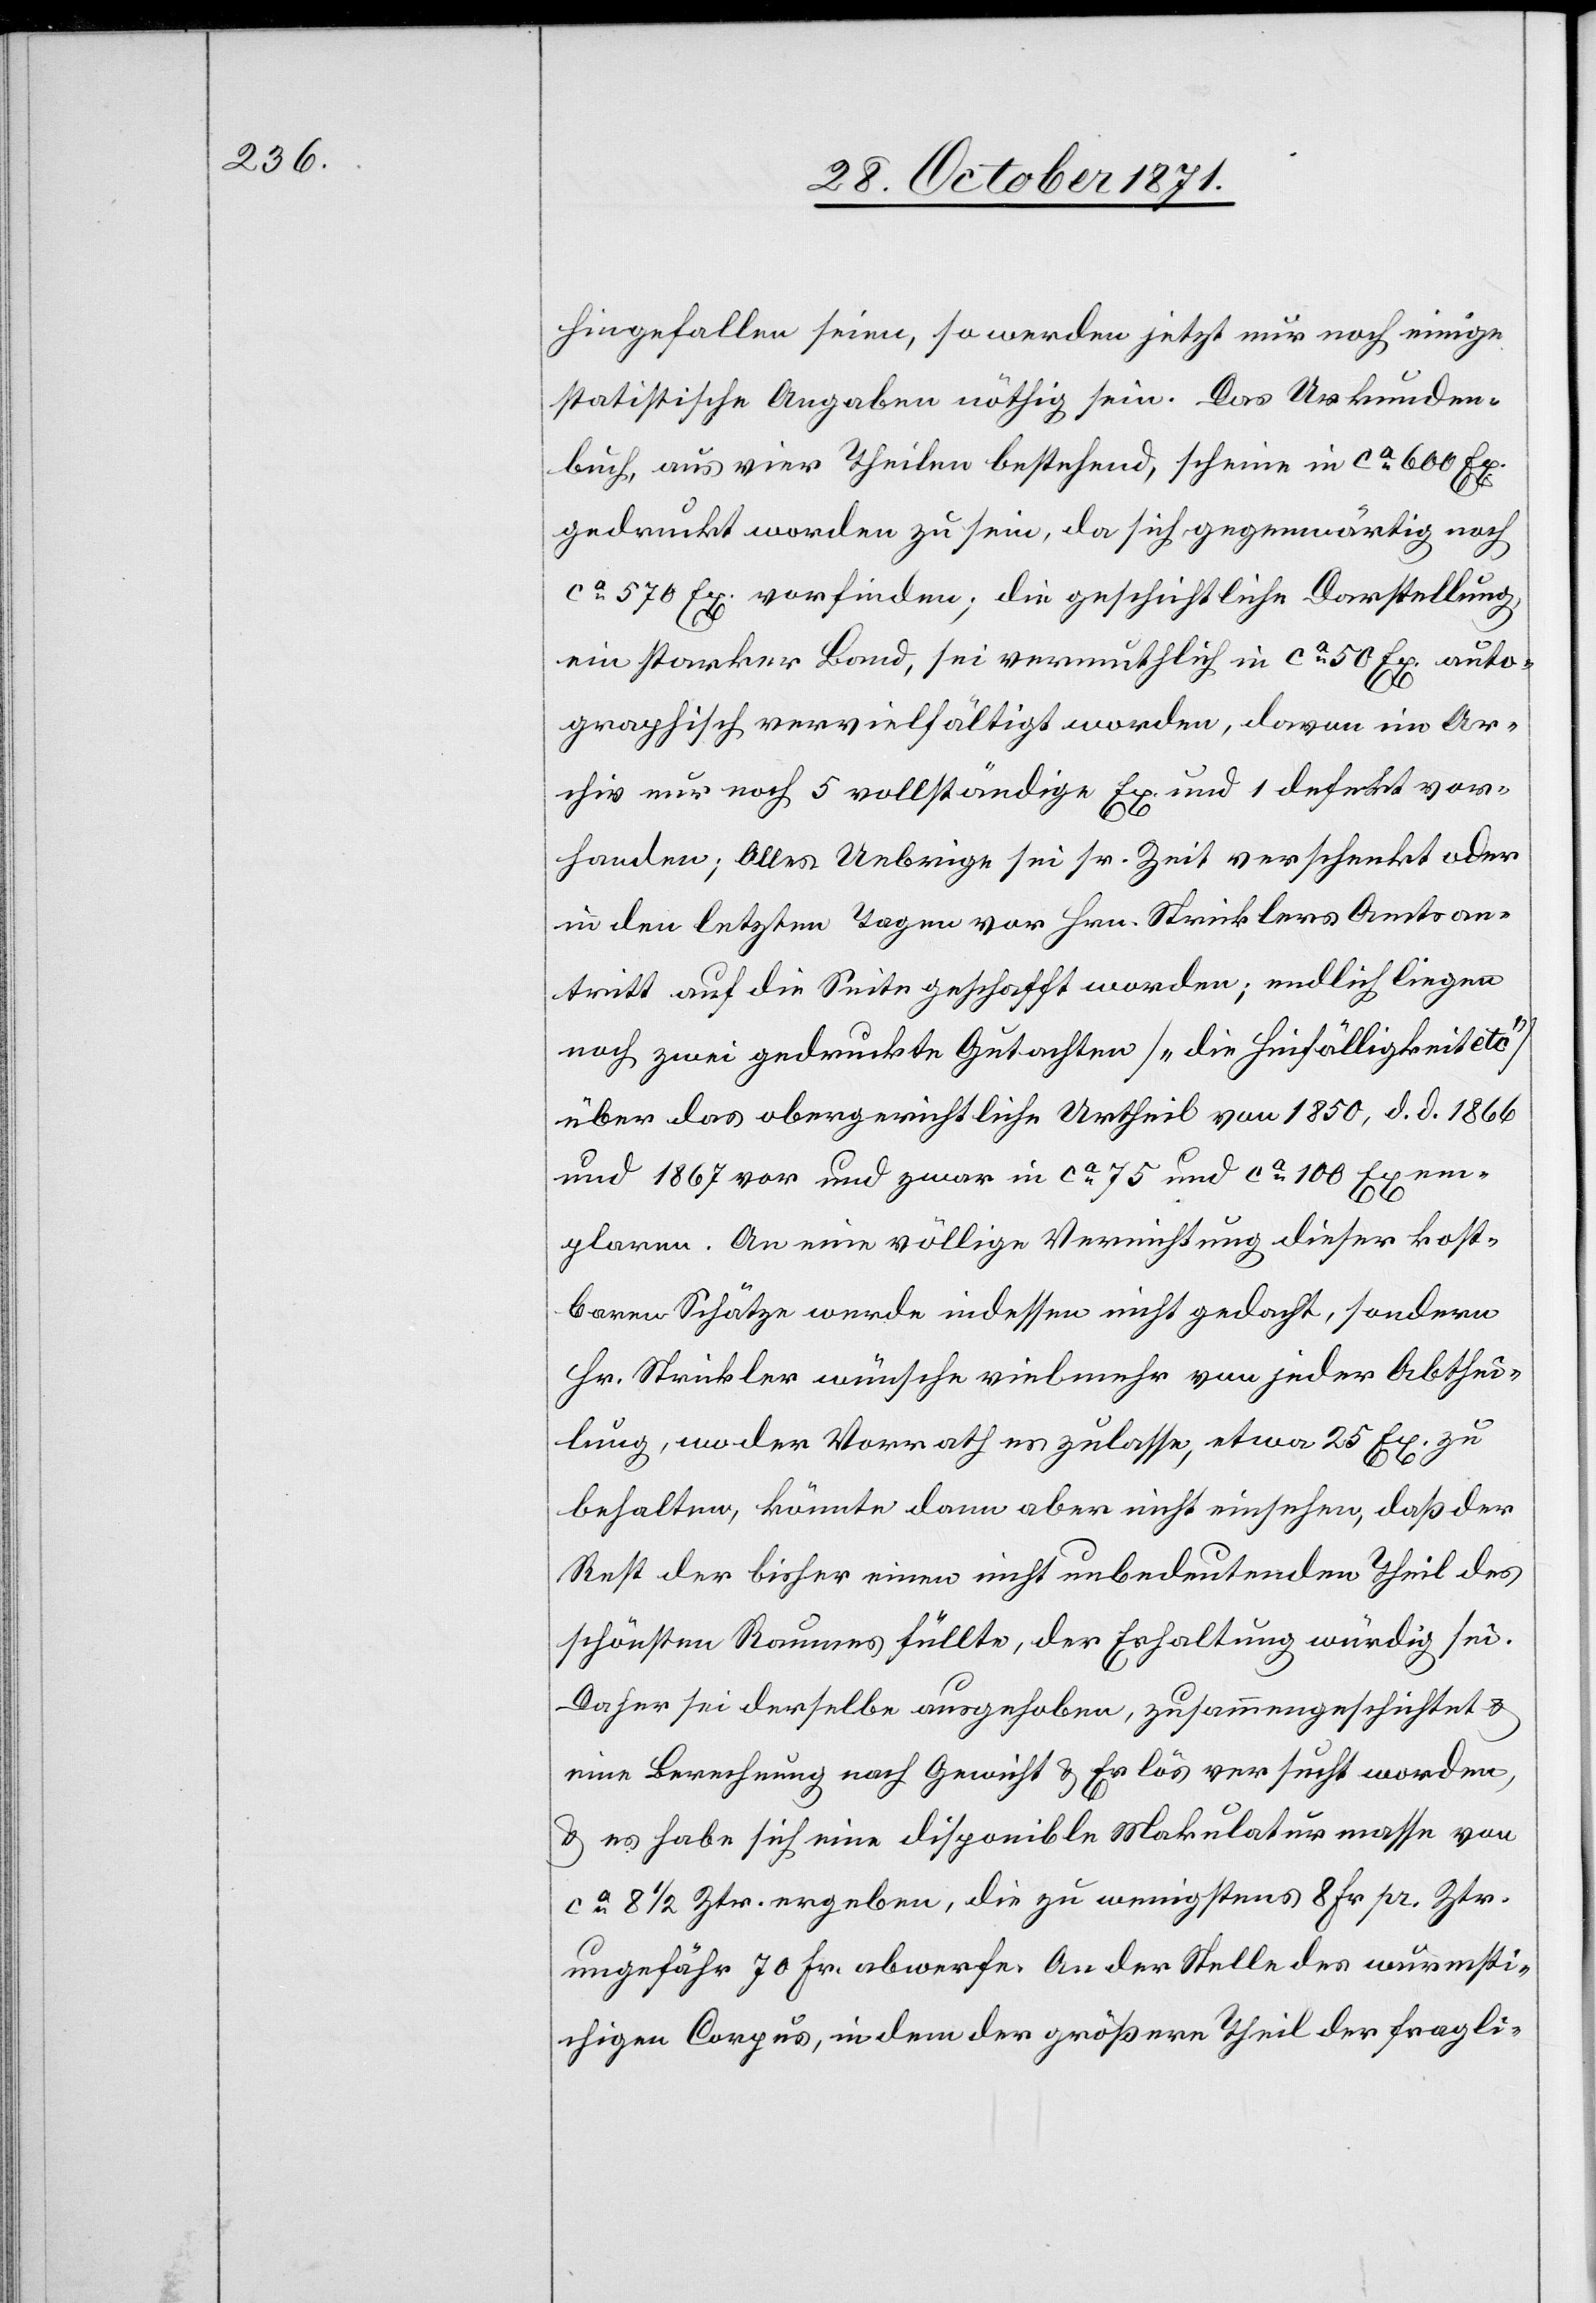
hingefallen seien, so werden jetzt nur noch einige
statistische Angaben nöthig sein. Das Urkunden¬
buch, aus vier Theilen bestehehend, scheine in ca 600 Ex.
gedruckt worden zu sein, da sich gegenwärtig noch
ca 570 Ex. vorfinden; die geschichtliche Darstellung,
ein starker Band, sei vermuthlich in ca 50 Ex. auto¬
graphisch vervielfältigt worden, davon im Ar¬
chiv nur noch 5 vollständige Ex. und 1 defekt vor¬
handen; Alles Uebrige sei sr. Zeit verschenkt oder
in den letzten Tagen von Hrn. Stricklers Amtsan¬
tritt auf die Seite geschafft worden; endlich liegen
noch zwei gedruckte Gutachten [„die Hinfälligkeit etc.“]
über das obergerichtliche Urtheil von 1850, d. d. 1866
und 1867 vor und zwar in ca 75 und ca 100 Exem¬
plaren. An eine völlige Vernichtung dieser kost¬
baren Schätze werde indessen nicht gedacht, sondern
Hr. Strickler wünsche vielmehr von jeder Abthei¬
lung, wo der Vorrath es zulasse, etwa 25 Ex. zu
behalten, könnte dann aber nicht einsehen, daß der
Rest der bisher einen nicht unbedeutenden Theil des
schönsten Raumes füllte, der Erhaltung würdig sei.
Daher sei derselbe ausgehoben, zusammengeschichtet &
eine Berechnung nach Gewicht & Erlös versucht worden,
& es habe sich eine disponible Makulaturmasse von
ca 8 1/2 Ztr. ergeben, die zu wenigstens 8 Fr. pr. Ztr.
ungefähr 70 Fr. abwerfen. An der Stelle des wurmsti¬
chigen Corpus, in dem der größere Theil der fragli-